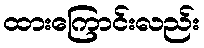
ထားကြောင်းလည်း